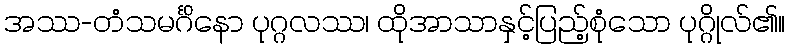
အဿ-တံသမင်္ဂိနော ပုဂ္ဂလဿ၊ ထိုအာသာနှင့်ပြည့်စုံသော ပုဂ္ဂိုလ်၏။